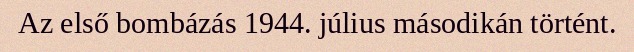
Az első bombázás 1944. július másodikán történt.